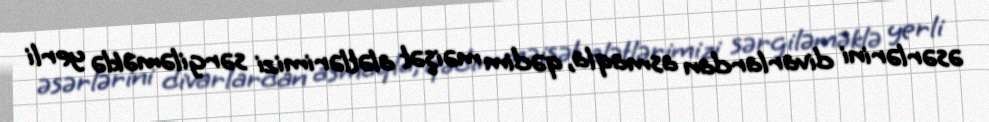
əsərlərini divarlardan asmaqla, qədim məişət alətlərimizi sərgiləməklə yerli